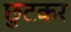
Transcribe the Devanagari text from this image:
छुटकर